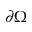
\partial \Omega